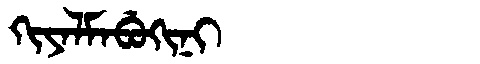
Manchu: ᡴᡳᠶᠠᠯᠮᠠᠪᡠᡴᡳᠨᡳ
Romanization: KIYALMABUKINI